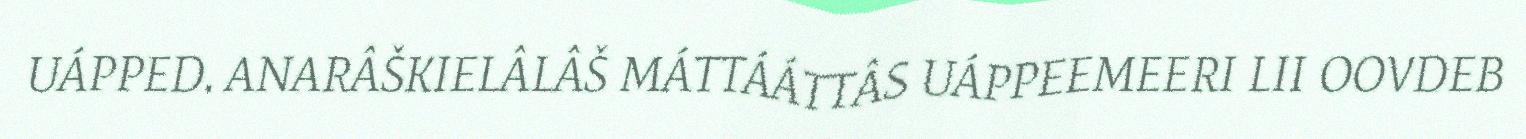
UÁPPED. ANARÂŠKIELÂLÂŠ MÁTTÁÁTTÂS UÁPPEEMEERI LII OOVDEB